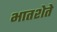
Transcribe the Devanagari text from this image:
भातशेते